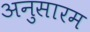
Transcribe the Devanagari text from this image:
अनुसारम